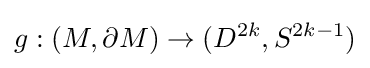
g:(M,\partial M)\rightarrow (D^{2k},S^{2k-1})